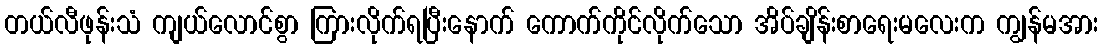
တယ်လီဖုန်းသံ ကျယ်လောင်စွာ ကြားလိုက်ရပြီးနောက် ကောက်ကိုင်လိုက်သော အိပ်ချိန်းစာရေးမလေးက ကျွန်မအား